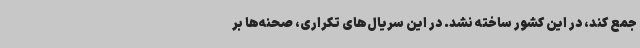
جمع کند، در این کشور ساخته نشد. در این سریال‌های تکراری، صحنه‌ها بر